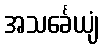
အသင်္ခေယျံ